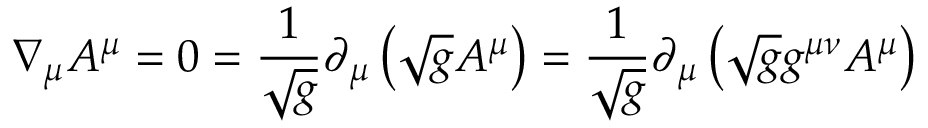
\nabla _ { \mu } A ^ { \mu } = 0 = \frac { 1 } { \sqrt { g } } \partial _ { \mu } \left( \sqrt { g } A ^ { \mu } \right) = \frac { 1 } { \sqrt { g } } \partial _ { \mu } \left( \sqrt { g } g ^ { \mu \nu } A ^ { \mu } \right)